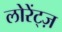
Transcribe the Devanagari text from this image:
लोरेंट्ज़